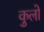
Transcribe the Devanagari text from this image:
कुलो